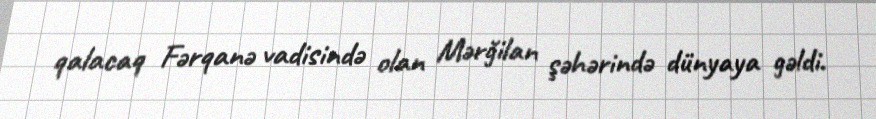
qalacaq Fərqanə vadisində olan Mərğilan şəhərində dünyaya gəldi.